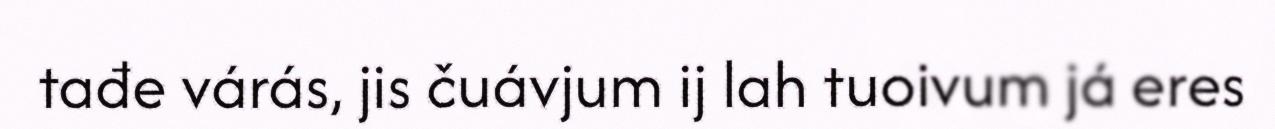
tađe várás, jis čuávjum ij lah tuoivum já eres